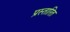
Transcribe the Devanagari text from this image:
प्रस्तारित